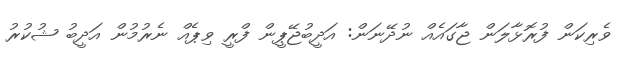
ވެރިކަން ފުރޮޅާލަން ޖާގައެއް ނުދޭނަން: އަދީބުޖޭޕީން ފްރީ ވިޕެއް ނެރުމުން އަދީބު ޝުކުރު